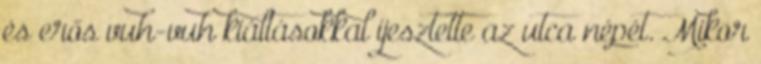
és erős vuh-vuh kiáltásokkal ijesztette az utca népét. Mikor